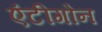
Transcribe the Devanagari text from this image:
एंटीगोन